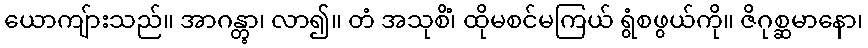
ယောကျ်ားသည်။ အာဂန္တွာ၊ လာ၍။ တံ အသုစိံ၊ ထိုမစင်မကြယ် ရွံစဖွယ်ကို။ ဇိဂုစ္ဆမာနော၊